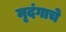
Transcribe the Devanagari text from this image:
मृदंगाचे